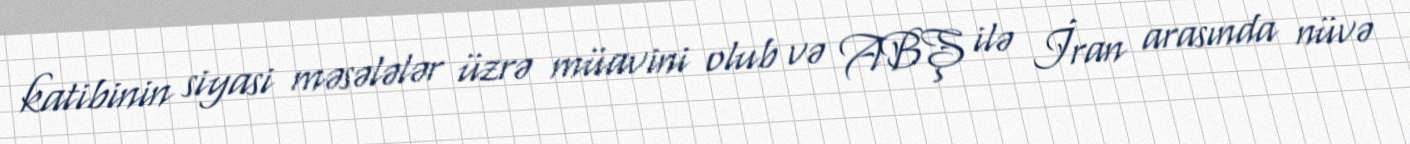
katibinin siyasi məsələlər üzrə müavini olub və ABŞ ilə İran arasında nüvə